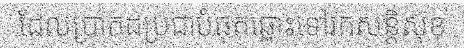
ដែលប្រាកដប្រជាបំផុតឆ្ពោះទៅរកសន្តិសុខ